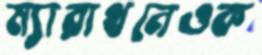
ম্যারাথনেওক